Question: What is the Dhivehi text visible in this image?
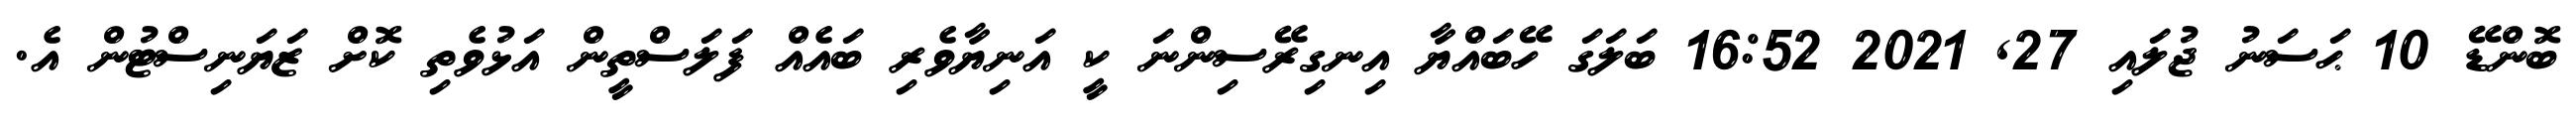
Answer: ބޮންޑޭ 10 ޙަސަނު ޖުލައި 27, 2021 16:52 ބަލަގަ ހޭބައްޔާ އިނގިރޭސިންނަ ކީ އަނިޔާވެރި ބައެއް ފަލަސްތީން އަޅުވެތި ކޮށް ޒަޔަނިސްޓުން އެ.